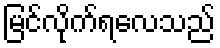
မြင်လိုက်ရလေသည်